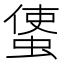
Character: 𧍅